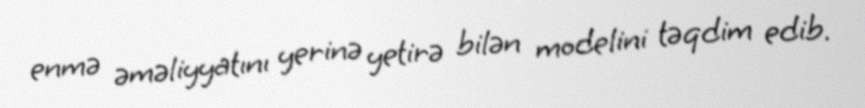
enmə əməliyyatını yerinə yetirə bilən modelini təqdim edib.